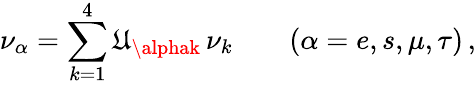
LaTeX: \nu_{\alpha}=\sum_{k=1}^{4}\mathfrak{U}_{\alphak}\, \nu_{k}\qquad(\alpha=e,s,\mu,\tau)\, ,